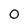
Character: O